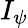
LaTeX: I_{\psi}